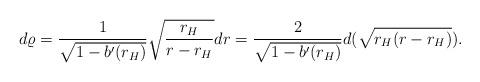
LaTeX: \begin{align*}d\varrho = {1\over\sqrt{1-b'(r_H)}}\sqrt{{r_H\over r-r_H}} dr = {2\over\sqrt{1-b'(r_H)}}d(\sqrt{r_H(r-r_H)}).\end{align*}